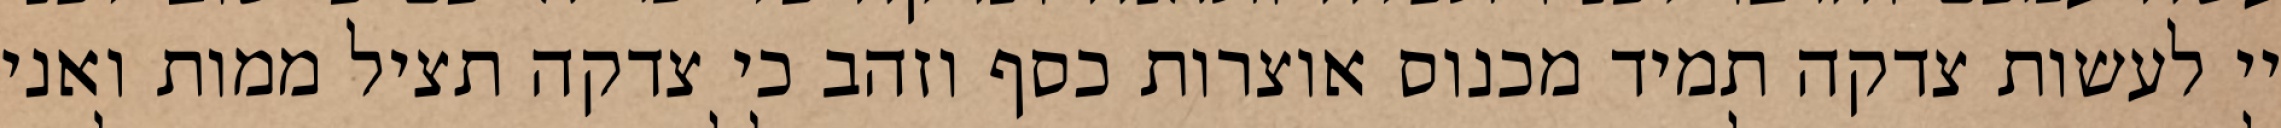
יי לעשות צדקה תמיד מכנוס אוצרות כסף וזהב כי צדקה תציל ממות ואני